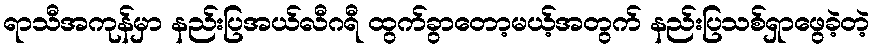
ရာသီအကုန်မှာ နည်းပြအယ်လီဂရီ ထွက်ခွာတော့မယ့်အတွက် နည်းပြသစ်ရှာဖွေခဲ့တဲ့